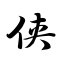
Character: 侠